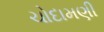
ચોદામણી